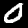
Label: 0